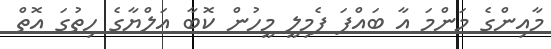
މާއިންގެ މަންމަ އާ ބައްޕަ ފެމިލީ މީހުން ކޮބާ އަލްޔާގެ ހިތުގަ އޮތް